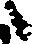
た